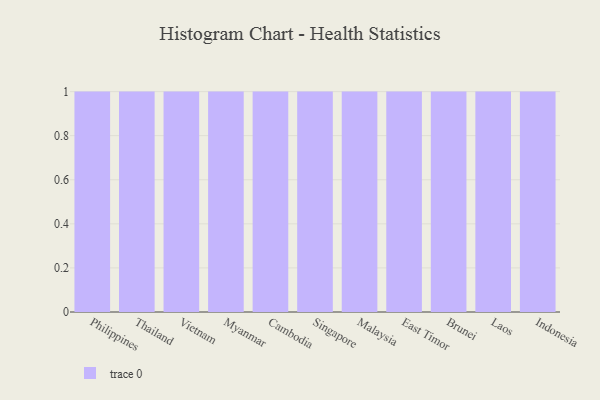
{"axis": {"x": "Country", "y": "Population (Million)"}, "legend": [""], "data": [{"x": "Philippines", "y": 77, "type": ""}, {"x": "Thailand", "y": 17, "type": ""}, {"x": "Vietnam", "y": 94, "type": ""}, {"x": "Myanmar", "y": 91, "type": ""}, {"x": "Cambodia", "y": 76, "type": ""}, {"x": "Singapore", "y": 17, "type": ""}, {"x": "Malaysia", "y": 65, "type": ""}, {"x": "East Timor", "y": 55, "type": ""}, {"x": "Brunei", "y": 52, "type": ""}, {"x": "Laos", "y": 4, "type": ""}, {"x": "Indonesia", "y": 46, "type": ""}]}